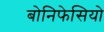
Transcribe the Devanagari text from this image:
बोनिफेसियो